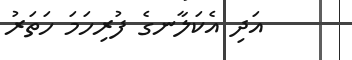
އަދި އެކަލާނގެ ފުރިހަމަ ހަތަރު